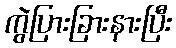
ကွဲပြားခြားနားပြီး